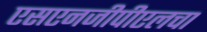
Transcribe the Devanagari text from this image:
एसएनजीपीएलचा